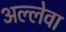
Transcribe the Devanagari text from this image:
अल्लेवा